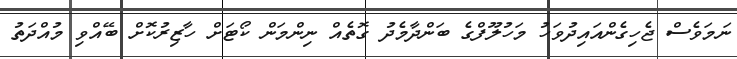
ނަމަވެސް ޖެހިގެންއައިދުވަހު މަހުލޫފްގެ ބަންދާމެދު ގޮތެއް ނިންމަން ކޯޓަށް ހާޒިރުކޮށް ބޭއްވި މުއްދަތު